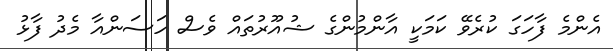
އެންމެ ފާހަގަ ކުރެވޭ ކަމަކީ އާންމުންގެ ޝުއޫރުތައް ވެސް ހަސަންއާ މެދު ފާޅު